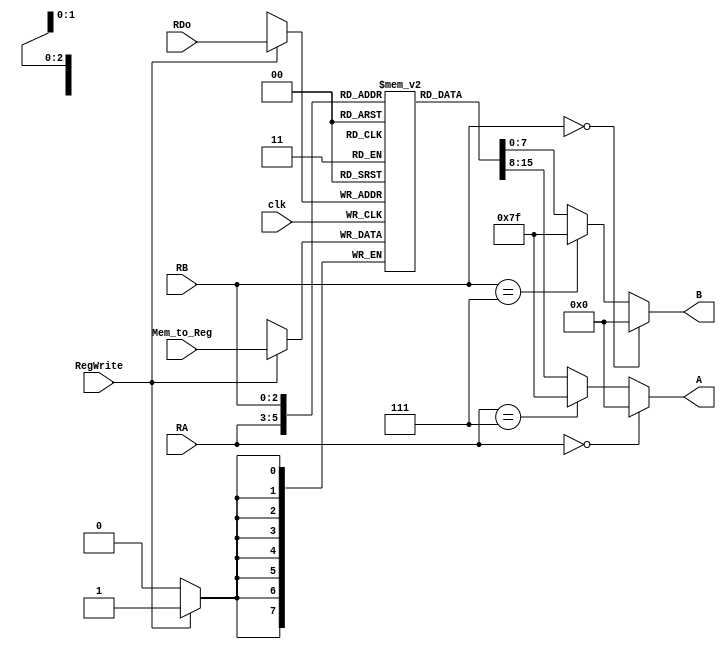
`timescale 1ns / 1ns
/* `timescale 1ns / 1ns


module RegFile(RA,RB,RDo,RegWrite,A,B,clk,Mem_to_Reg);
    input [2:0] RA,RB,RDo;
    input RegWrite, clk;
    output reg [7:0] A,B;
    reg [7:0] RegFile [7:0];
    input [7:0] Mem_to_Reg;
    
    always@(RA or RB or RDo)
        begin
            if(RA==3'b000)
                 A<= #2 8'b00000000;
            else if(RA==3'b111)
                 A<= #2 8'b01111111;
            else 
                A<= #2 RegFile[RA];
            if (RB==3'b000)
                B<= #2 0;
            else if(RB==3'b111)
                B <= #2 8'b01111111;
            else
                B<= #2 RegFile[RB];
            
            if(RegWrite)
                RegFile[RDo] <= #2 Mem_to_Reg;

                
        end
    
endmodule
 */
 `timescale 1ns / 1ns

module RegFile(RA, RB, RDo, RegWrite, A, B, clk, Mem_to_Reg);
    input [2:0] RA, RB, RDo;
    input RegWrite, clk;
    output reg [7:0] A, B;
    reg [7:0] RegFile [7:0];
    input [7:0] Mem_to_Reg;
    
    always @(posedge clk) begin
        if (RegWrite)
            RegFile[RDo] <=  Mem_to_Reg;
    end

    always @(*) begin
        if (RA == 3'b000)
            A = 8'b00000000;
        else if (RA == 3'b111)
            A = 8'b01111111;
        else
            A = RegFile[RA];
        
        if (RB == 3'b000)
            B = 8'b00000000;
        else if (RB == 3'b111)
            B = 8'b01111111;
        else
            B = RegFile[RB];
    end
endmodule